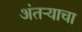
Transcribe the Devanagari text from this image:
अंतऱ्याचा